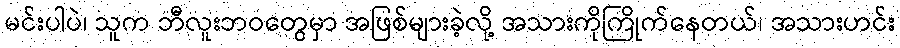
မင်းပါပဲ၊ သူက ဘီလူးဘဝတွေမှာ အဖြစ်များခဲ့လို့ အသားကိုကြိုက်နေတယ်၊ အသားဟင်း